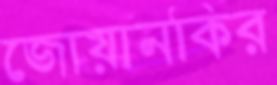
জোয়ানকির